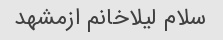
سلام لیلاخانم ازمشهد